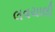
લવચાલી